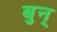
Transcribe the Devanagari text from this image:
बुन्‌